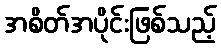
အစိတ်အပိုင်းဖြစ်သည့်